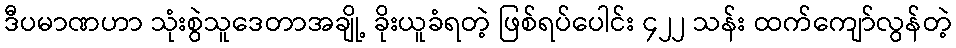
ဒီပမာဏဟာ သုံးစွဲသူဒေတာအချို့ ခိုးယူခံရတဲ့ ဖြစ်ရပ်ပေါင်း ၄၂၂ သန်း ထက်ကျော်လွန်တဲ့